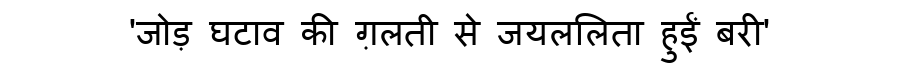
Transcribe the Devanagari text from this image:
'जोड़ घटाव की ग़लती से जयललिता हुईं बरी'